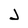
Character: J